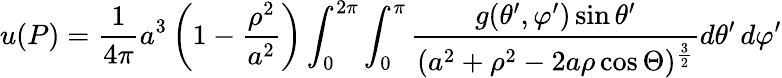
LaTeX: u(P)={\frac{1}{4\pi}}a^{3}\left(1-{\frac{\rho^{2}}{a^{2}}}\right)\int_{0}^{2\pi}\int_{0}^{\pi}{\frac{g(\theta^{\prime},\varphi^{\prime})\sin\theta^{\prime}}{(a^{2}+\rho^{2}-2a\rho\cos\Theta)^{\frac{3}{2}}}}d\theta^{\prime}\, d\varphi^{\prime}